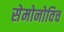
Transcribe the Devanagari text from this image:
सेमोनोविच